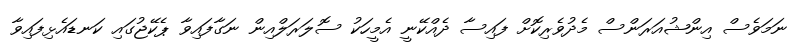
ނަމަވެސް އިންޝުއަރަންސް މެދުވެރިކޮށް ފައިސާ ދެއްކޭނީ އެމީހަކު ސޮލަރަލްއިން ނަގާފައިވާ ޕެކޭޖުގައި ކަނޑައެޅިފައިވާ